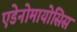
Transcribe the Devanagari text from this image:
एडेनोमायोसिस